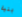
بنية